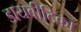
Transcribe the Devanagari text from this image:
डायबीटिका